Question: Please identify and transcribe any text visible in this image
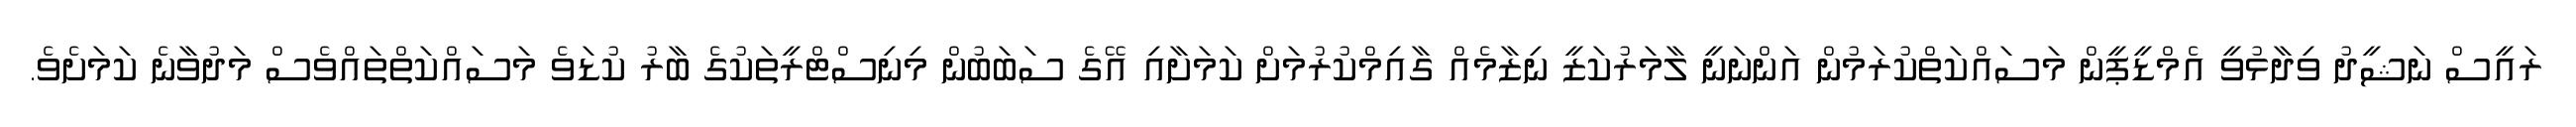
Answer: ރައީސް ނަޝީދު ވިދާޅުވީ އެމްޑީޕީން މަސައްކަތްކުރަމުން އަންނަނީ ލާމަރުކަޒީ ނިޒާމެއް ގާއިމްކުރުމަށް ކަމަށާއި އޭގެ ސަބަބުން މިނިސްޓްރީތަކުގެ ބާރު ކުޑަވެ މަސައްކަތްތައްވެސް މަދުވާނެ ކަމަށެވެ.